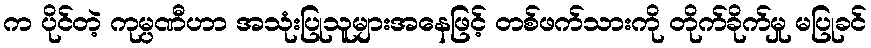
က ပိုင်တဲ့ ကုမ္ပဏီဟာ အသုံးပြုသူများအနေဖြင့် တစ်ဖက်သားကို တိုက်ခိုက်မှု မပြုခင်